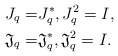
\begin{align*} J_q=&J_q^*, J_q^2 = I, \\ {\mathfrak J}_q=&{\mathfrak J}_q^*, {\mathfrak J}_q^2 = I. \end{align*}